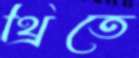
থ্রিতে